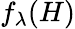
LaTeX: f_{\lambda}(H)